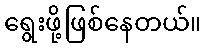
ရွေးဖို့ဖြစ်နေတယ်။